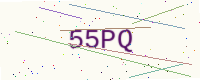
Text: 55PQ